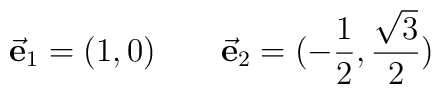
\vec{\hbox{\bf e}}_1 = (1,0) \qquad\vec{\hbox{\bf e}}_2 = (-{1\over 2},{{\sqrt{3}}\over 2})